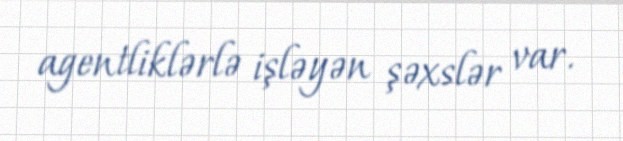
agentliklərlə işləyən şəxslər var.